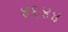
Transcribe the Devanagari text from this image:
४६४४